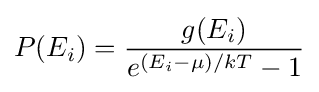
P(E_{i})={\frac {g(E_{i})}{e^{(E_{i}-\mu )/kT}-1}}